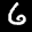
Label: 6